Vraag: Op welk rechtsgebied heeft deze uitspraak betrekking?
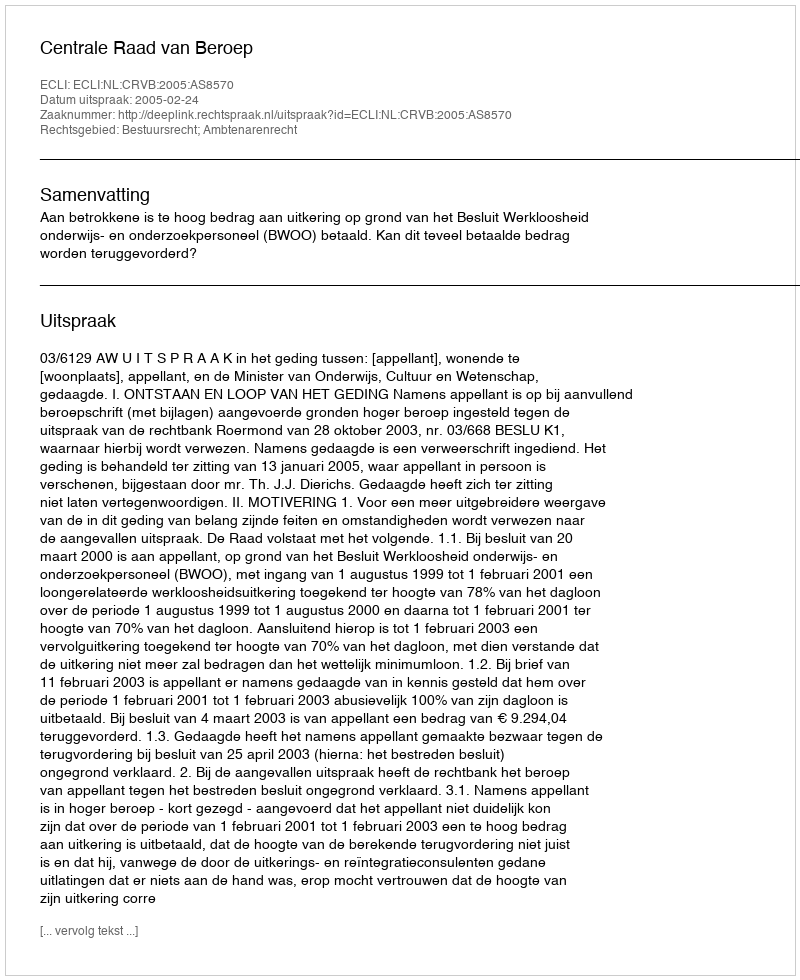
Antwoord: Bestuursrecht; Ambtenarenrecht